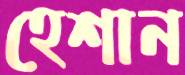
হেশান